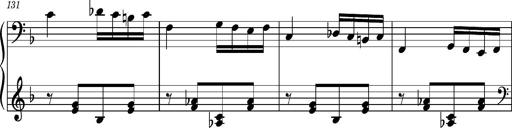
Title: Ungarischer Romanzero
Composer: Franz Liszt